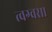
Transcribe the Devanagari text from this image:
त्वग्वसा